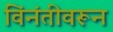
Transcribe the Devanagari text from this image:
विंनंतीवरून